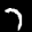
Label: 7